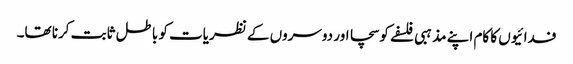
فدائیوں کا کام اپنے مذہبی فلسفے کو سچا اور دوسروں کے نظریات کو باطل ثابت کرنا تھا۔